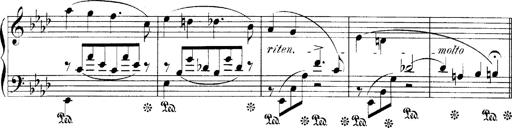
Title: LiebestrÃ¤ume
Composer: Franz Behr
Key: E-flat major